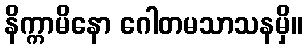
နိက္ကာမိနော ဂေါတမသာသနမှိ။